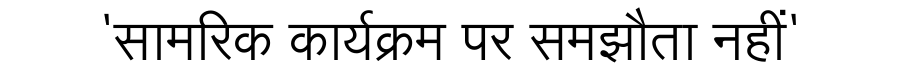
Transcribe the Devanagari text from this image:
'सामरिक कार्यक्रम पर समझौता नहीं'